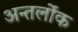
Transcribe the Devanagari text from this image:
अन्तर्लोक